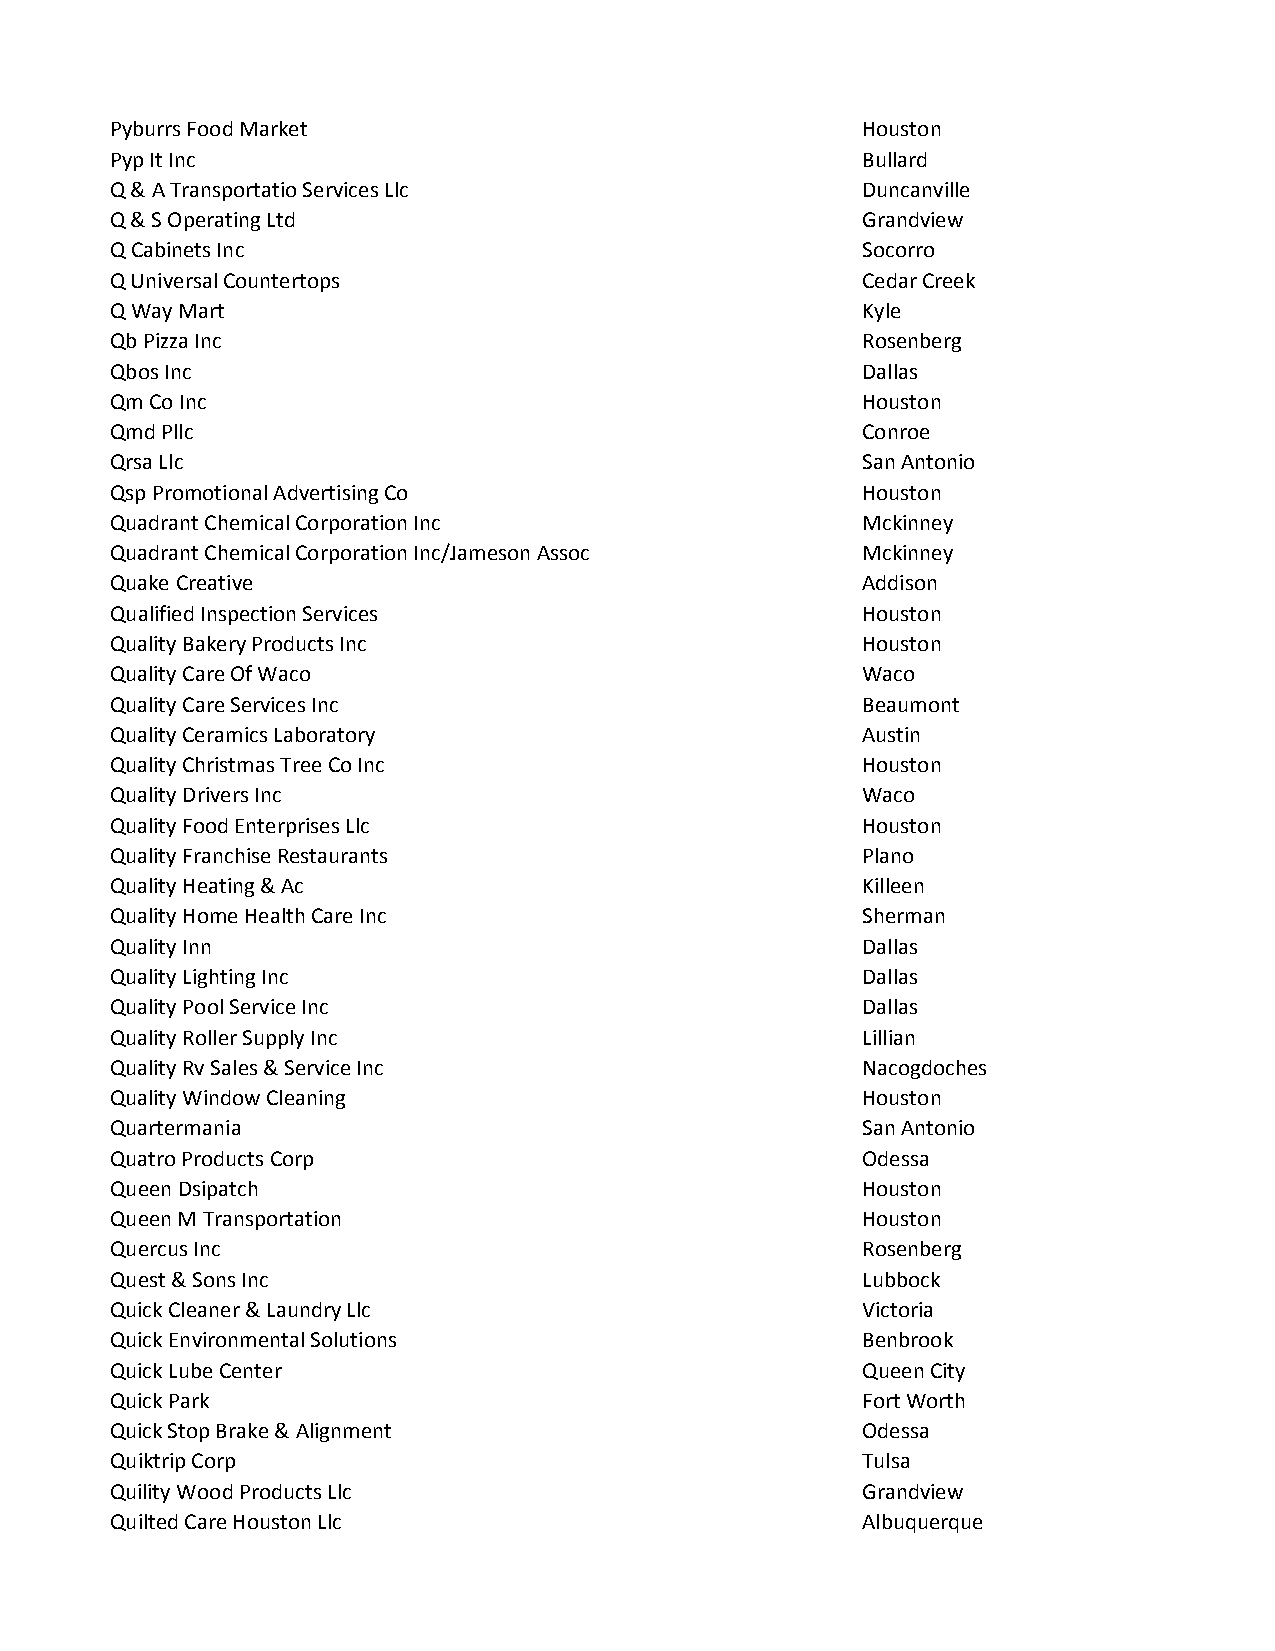
Pyburrs Food Market                               Houston
 Pyp It Inc                                        Bullard
 Q & A Transportatio Services Llc                  Duncanville
 Q & S Operating Ltd                               Grandview
 Q Cabinets Inc                                    Socorro
 Q Universal Countertops                           Cedar Creek
 Q Way Mart                                        Kyle
 Qb Pizza Inc                                      Rosenberg
 Qbos Inc                                          Dallas
 Qm Co Inc                                         Houston
 Qmd Pllc                                          Conroe
 Qrsa Llc                                          San Antonio
 Qsp Promotional Advertising Co                    Houston
 Quadrant Chemical Corporation Inc                 Mckinney
 Quadrant Chemical Corporation Inc/Jameson Assoc   Mckinney
 Quake Creative                                    Addison
 Qualified Inspection Services                     Houston
 Quality Bakery Products Inc                       Houston
 Quality Care Of Waco                              Waco
 Quality Care Services Inc                         Beaumont
 Quality Ceramics Laboratory                       Austin
 Quality Christmas Tree Co Inc                     Houston
 Quality Drivers Inc                               Waco
 Quality Food Enterprises Llc                      Houston
 Quality Franchise Restaurants                     Plano
 Quality Heating & Ac                              Killeen
 Quality Home Health Care Inc                      Sherman
 Quality Inn                                       Dallas
 Quality Lighting Inc                              Dallas
 Quality Pool Service Inc                          Dallas
 Quality Roller Supply Inc                         Lillian
 Quality Rv Sales & Service Inc                    Nacogdoches
 Quality Window Cleaning                           Houston
 Quartermania                                      San Antonio
 Quatro Products Corp                              Odessa
 Queen Dsipatch                                    Houston
 Queen M Transportation                            Houston
 Quercus Inc                                       Rosenberg
 Quest & Sons Inc                                  Lubbock
 Quick Cleaner & Laundry Llc                       Victoria
 Quick Environmental Solutions                     Benbrook
 Quick Lube Center                                 Queen City
 Quick Park                                        Fort Worth
 Quick Stop Brake & Alignment                      Odessa
 Quiktrip Corp                                     Tulsa
 Quility Wood Products Llc                         Grandview
 Quilted Care Houston Llc                          Albuquerque